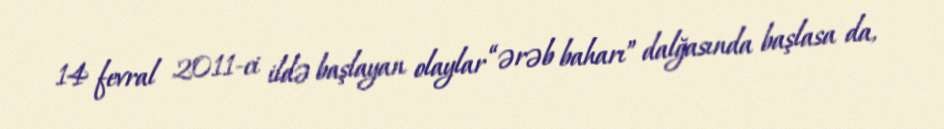
14 fevral 2011-ci ildə başlayan olaylar “ərəb baharı” dalğasında başlasa da,